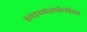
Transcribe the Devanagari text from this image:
ज्ञानखंगेन